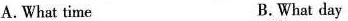
A.What time B.What day